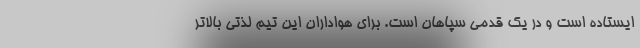
ایستاده است و در یک قدمی سپاهان است. برای هواداران این تیم لذتی بالاتر